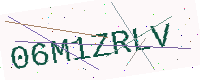
Text: 06M1ZRLV